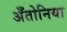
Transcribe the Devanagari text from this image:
अँतोनिया